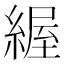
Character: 䌂